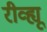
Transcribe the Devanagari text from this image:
रीव्ह्यू